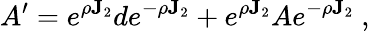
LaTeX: A^{\prime}=e^{\rho\mathbf{J}_{2}}de^{-\rho\mathbf{J}_{2}}+e^{\rho\mathbf{J}_{2}}Ae^{-\rho\mathbf{J}_{2}}~,